Indian journal of veterinary science and animal husbandry - Volumes 18-21, 1948-1951
Year: 1948
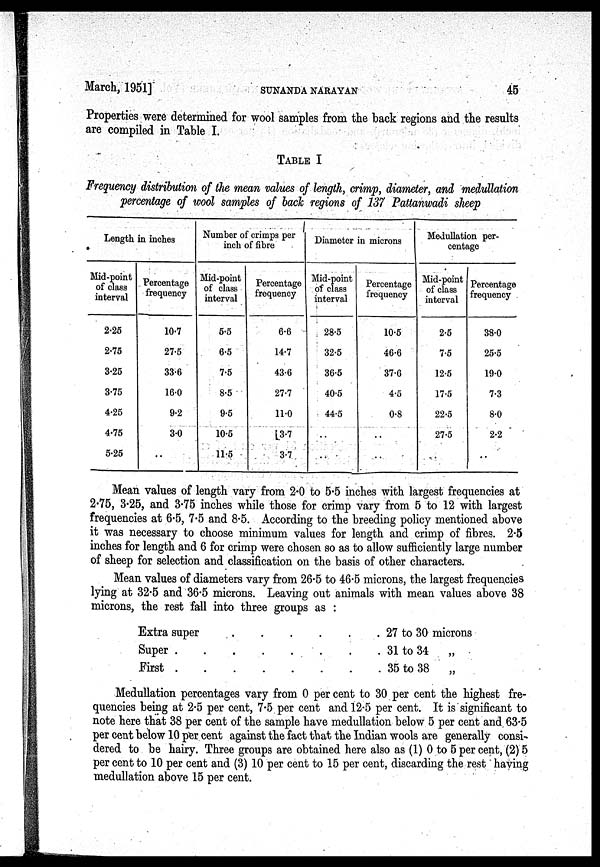
March, 1951]
SUNANDA
NARAYAN
45
Properties were determined for wool samples from the back regions and the results
are compiled in Table I.
TABLE I
Frequency distribution of the mean values of length, crimp, diameter, and medullation
percentage of wool samples of back regions of 137 Pattanwadi sheep
Length in inches
Mid-point
of class
interval
2.25
2.75
3.25
3.75
4.25
4.75
5.25
Percentage
frequency
10.7
27.5
33.6
16.0
9.2
3.0
..
Number of crimps per
inch of fibre
Mid-point
of class
interval
5.5
6.5
7.5
8.5
9.5
10.5
11.5
Percentage
frequency
6.6
14.7
43.6
27.7
11.0
3.7
3.7
Diameter in microns
Mid-point
of class
interval
28.5
32.5
36.5
40.5
44.5
..
..
Percentage
frequency
10.5
46.6
37.6
4.5
0.8
..
..
Medullation per-
centage
Mid-point
of class
interval
2.5
7.5
12.5
17.5
22.5
27.5
..
Percentage
frequency
38.0
25.5
19.0
7.3
8.0
2.2
..
Mean values of length vary from 2.0 to 5.5 inches with largest frequencies at
2.75, 3.25, and 3.75 inches while those for crimp vary from 5 to 12 with largest
frequencies at 6.5, 7.5 and 8.5. According to the breeding policy mentioned above
it was necessary to choose minimum values for length and crimp of fibres. 2.5
inches for length and 6 for crimp were chosen so as to allow sufficiently large number
of sheep for selection and classification on the basis of other characters.
Mean values of diameters vary from 26.5 to 46.5 microns, the largest frequencies
lying at 32.5 and 36.5 microns. Leaving out animals with mean values above 38
microns, the rest fall into three groups as :
Extra super . . . . . .
Super . . . . . . . .
First . . . . . . . .
27 to 30 microns
31 to 34 „
35 to 38 „
Medullation percentages vary from 0 per cent to 30 per cent the highest fre-
quencies being at 2.5 per cent, 7.5 per cent and 12.5 per cent. It is significant to
note here that 38 per cent of the sample have medullation below 5 per cent and 63.5
per cent below 10 per cent against the fact that the Indian wools are generally consi-
dered to be hairy. Three groups are obtained here also as (1) 0 to 5 per cent, (2) 5
per cent to 10 per cent and (3) 10 per cent to 15 per cent, discarding the rest having
medullation above 15 per cent.